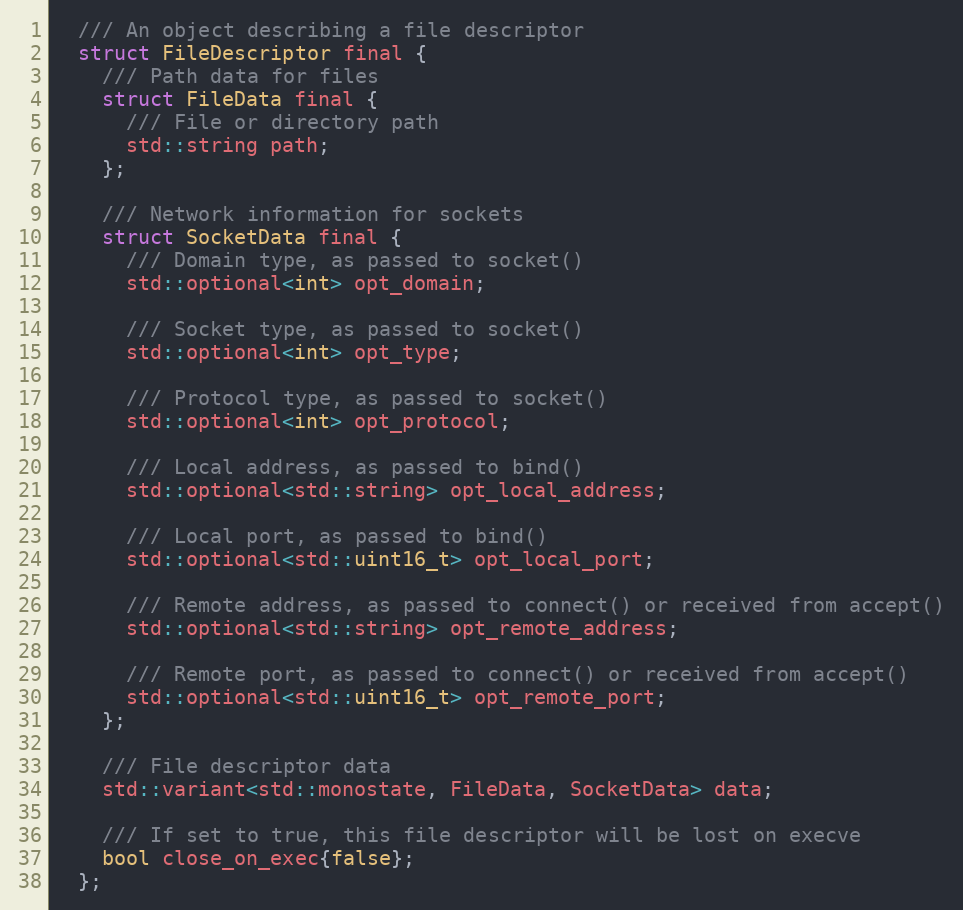
Language: C
  /// An object describing a file descriptor
  struct FileDescriptor final {
    /// Path data for files
    struct FileData final {
      /// File or directory path
      std::string path;
    };

    /// Network information for sockets
    struct SocketData final {
      /// Domain type, as passed to socket()
      std::optional<int> opt_domain;

      /// Socket type, as passed to socket()
      std::optional<int> opt_type;

      /// Protocol type, as passed to socket()
      std::optional<int> opt_protocol;

      /// Local address, as passed to bind()
      std::optional<std::string> opt_local_address;

      /// Local port, as passed to bind()
      std::optional<std::uint16_t> opt_local_port;

      /// Remote address, as passed to connect() or received from accept()
      std::optional<std::string> opt_remote_address;

      /// Remote port, as passed to connect() or received from accept()
      std::optional<std::uint16_t> opt_remote_port;
    };

    /// File descriptor data
    std::variant<std::monostate, FileData, SocketData> data;

    /// If set to true, this file descriptor will be lost on execve
    bool close_on_exec{false};
  };